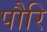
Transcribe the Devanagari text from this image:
पौरि